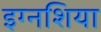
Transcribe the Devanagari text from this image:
इग्नशिया